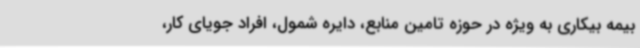
بیمه بیکاری به ویژه در حوزه تامین منابع، دایره شمول، افراد جویای کار،